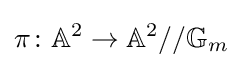
\pi \colon \mathbb {A} ^{2}\to \mathbb {A} ^{2}//\mathbb {G} _{m}